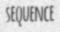
SEQUENCE